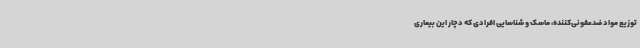
توزیع مواد ضدعفونی‌کننده، ماسک و شناسایی افرادی که دچار این بیماری